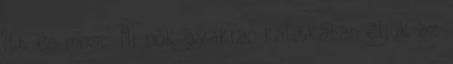
itt és most. Mi nők gyakran kalitkában éljük az